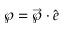
\wp = \vec { \wp } \cdot \hat { e }